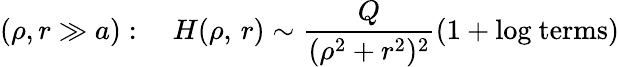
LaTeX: \left(\rho,r\gg a\right):\quad H(\rho,\, r)\sim\frac{Q}{(\rho^{2}+r^{2})^{2}}\left(1+\mathrm{log~terms}\right)